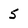
Character: 5